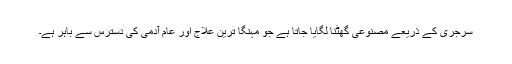
سرجری کے ذریعے مصنوعی گھٹنا لگایا جاتا ہے جو مہنگا ترین علاج اور عام آدمی کی دسترس سے باہر ہے۔